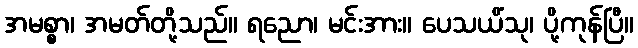
အမစ္စာ၊ အမတ်တို့သည်။ ရညော၊ မင်းအား။ ပေသယိံသု၊ ပို့ကုန်ပြီ။